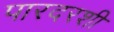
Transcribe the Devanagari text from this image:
पारदरशी